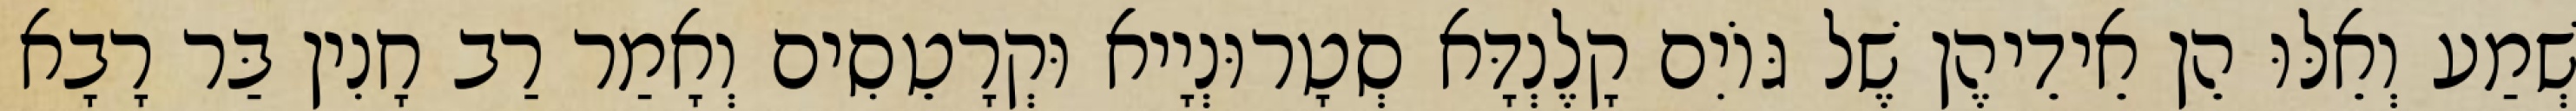
שְׁמַע וְאֵלּוּ הֵן אֵידֵיהֶן שֶׁל גּוֹיִם קָלֶנְדָּא סְטָרוּנְיָיא וּקְרָטֵסִים וְאָמַר רַב חָנִין בַּר רָבָא